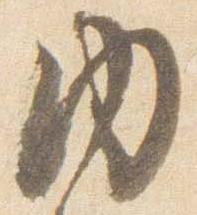
内